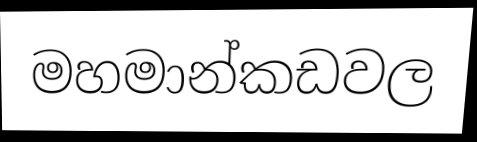
මහමාන්කඩවල